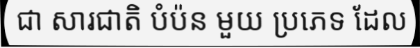
ជា សារជាតិ បំប៉ន មួយ ប្រភេទ ដែល